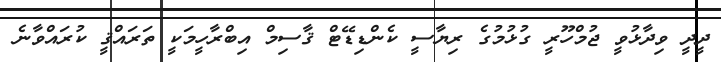
ދީދީ ވިދާޅުވީ ޖުމްހޫރީ ގުޅުމުގެ ރިޔާސީ ކެންޑިޑޭޓް ޤާސިމް އިބްރާހީމަކީ ތަރައްޤީ ކުރައްވާނެ